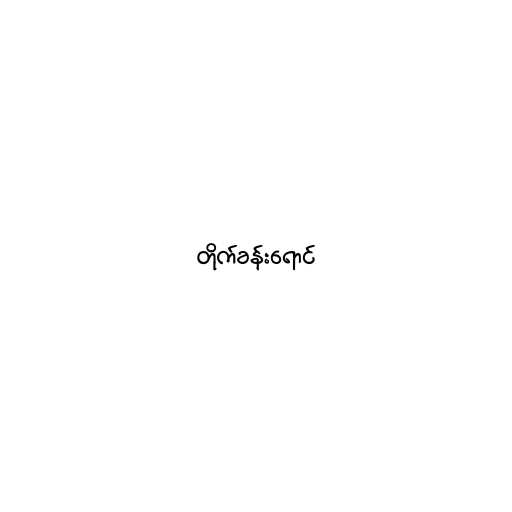
တိုက်ခန်းရောင်